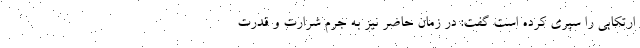
ارتکابی را سپری کرده است گفت: در زمان حاضر نیز به جرم شرارت و قدرت